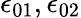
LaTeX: \epsilon_{01},\epsilon_{02}